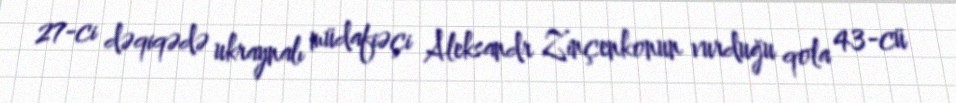
27-ci dəqiqədə ukraynalı müdafiəçi Aleksandr Zinçenkonun vurduğu qola 43-cü